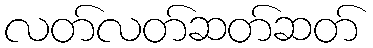
လတ်လတ်ဆတ်ဆတ်